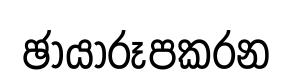
ඡායාරූපකරන